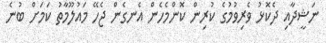
ނަޝީދާއި ދެކޮޅު ވެރިވުމުގެ ކުރިން ކޮންމެހެން އެނގެން ޖެހޭ މައުލޫމާތު ކަމަށް ބުނެ